Civil Veterinary Department ledger series I-VI
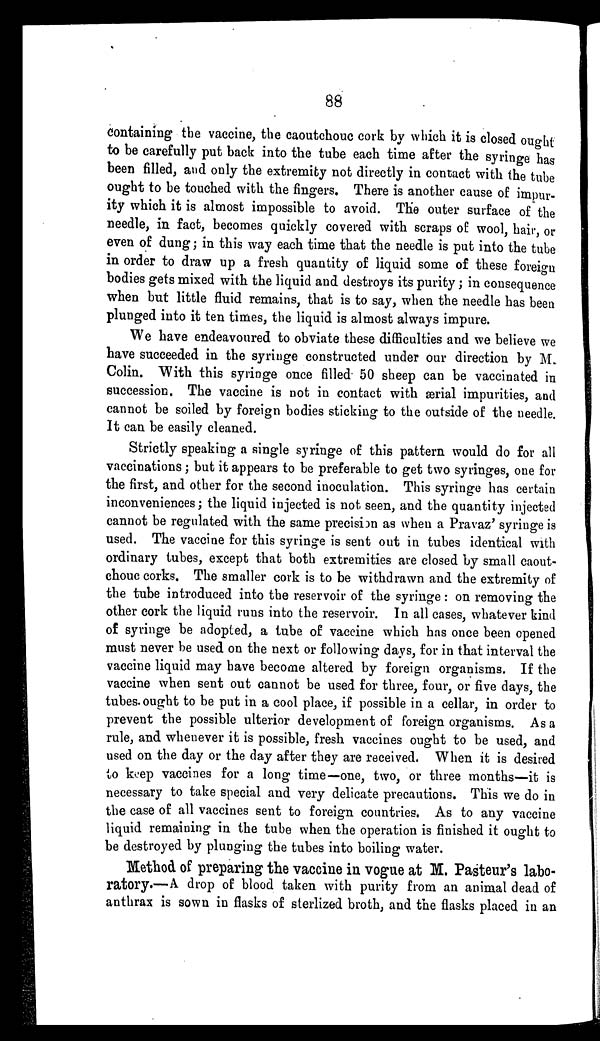
88
containing the vaccine, the caoutchouc cork by which it is closed ought
to be carefully put back into the tube each time after the syringe has
been filled, and only the extremity not directly in contact with the tube
ought to be touched with the fingers. There is another cause of impur-
ity which it is almost impossible to avoid. The outer surface of the
needle, in fact, becomes quickly covered with scraps of wool, hair, or
even of dung; in this way each time that the needle is put into the tube
in order to draw up a fresh quantity of liquid some of these foreign
bodies gets mixed with the liquid and destroys its purity; in consequence
when but little fluid remains, that is to say, when the needle has been
plunged into it ten times, the liquid is almost always impure.
We have endeavoured to obviate these difficulties and we believe we
have succeeded in the syringe constructed under our direction by M.
Colin. With this syringe once filled 50 sheep can be vaccinated in
succession. The vaccine is not in contact with serial impurities, and
cannot be soiled by foreign bodies sticking to the outside of the needle.
It can be easily cleaned.
Strictly speaking a single syringe of this pattern would do for all
vaccinations; but it appears to be preferable to get two syringes, one for
the first, and other for the second inoculation. This syringe has certain
inconveniences; the liquid injected is not seen, and the quantity injected
cannot be regulated with the same precision as when a Pravaz' syringe is
used. The vaccine for this syringe is sent out in tubes identical with
ordinary tubes, except that both extremities are closed by small caout-
chouc corks. The smaller cork is to be withdrawn and the extremity of
the tube introduced into the reservoir of the syringe : on removing the
other cork the liquid runs into the reservoir. In all cases, whatever kind
of syringe be adopted, a tube of vaccine which has once been opened
must never be used on the next or following days, for in that interval the
vaccine liquid may have become altered by foreign organisms. If the
vaccine when sent out cannot be used for three, four, or five days, the
tubes ought to be put in a cool place, if possible in a cellar, in order to
prevent the possible ulterior development of foreign organisms. As a
rule, and whenever it is possible, fresh vaccines ought to be used, and
used on the day or the day after they are received. When it is desired
to keep vaccines for a long time—one, two, or three months—it is
necessary to take special and very delicate precautions. This we do in
the case of all vaccines sent to foreign countries. As to any vaccine
liquid remaining in the tube when the operation is finished it ought to
be destroyed by plunging the tubes into boiling water.
Method of preparing the vaccine in vogue at M. Pasteur's labo-
ratory.—A. drop of blood taken with purity from an animal dead of
anthrax is sown in flasks of sterlized broth, and the flasks placed in an